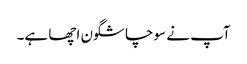
آپ نے سوچا شگون اچھا ہے۔